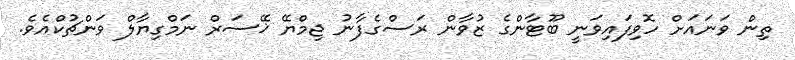
ތިން ވަނައަށް ހޮވިފައިވަނީ ބޫޓާންގެ ޒުވާން ރަސްގެފާނު ޖިމްޔޭ ޚޭސަރް ނަމްގިޔާލް ވަންޗުކްއެވެ.